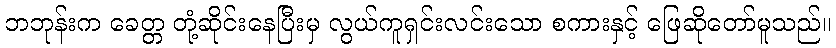
ဘဘုန်းက ခေတ္တ တုံ့ဆိုင်းနေပြီးမှ လွယ်ကူရှင်းလင်းသော စကားနှင့် ဖြေဆိုတော်မူသည်။